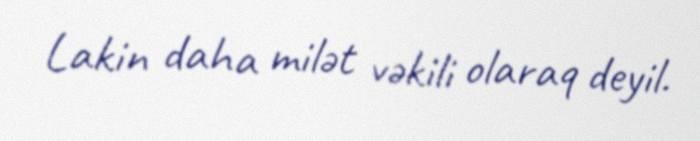
Lakin daha milət vəkili olaraq deyil.